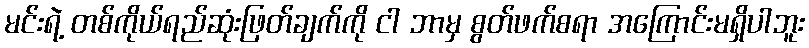
မင်းရဲ့ တစ်ကိုယ်ရည်ဆုံးဖြတ်ချက်ကို ငါ ဘာမှ စွတ်ဖက်စရာ အကြောင်းမရှိပါဘူး